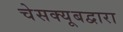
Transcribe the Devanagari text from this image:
चेसक्यूबद्वारा